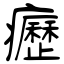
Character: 癧